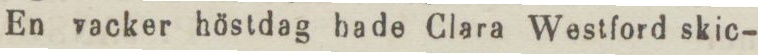
En vacker höstdag hade Clara Westford skic-